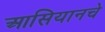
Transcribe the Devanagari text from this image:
आसियानचे